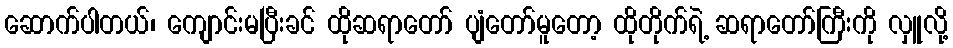
ဆောက်ပါတယ်၊ ကျောင်းမပြီးခင် ထိုဆရာတော် ပျံတော်မူတော့ ထိုတိုက်ရဲ့ ဆရာတော်ကြီးကို လှူလို့